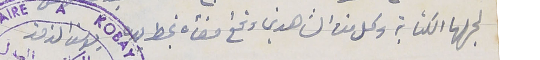
لجهلها الكتابة وكل من الشاهدين وقع امضأه بخط  يده يوسف الزمز